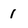
Character: 1